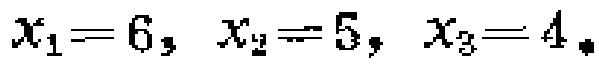
$x_{1}=6,\ x_{2}=5,\ x_{3}=4.$